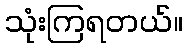
သုံးကြရတယ်။